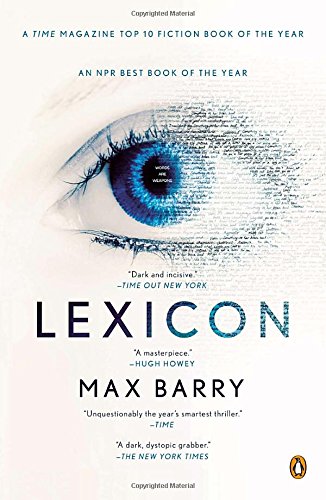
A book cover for Lexicon: A Novel; Max Barry; Literature & Fiction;